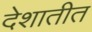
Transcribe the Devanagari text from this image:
देशातीत